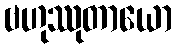
ဗဟုဿုတာယော